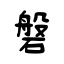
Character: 磐